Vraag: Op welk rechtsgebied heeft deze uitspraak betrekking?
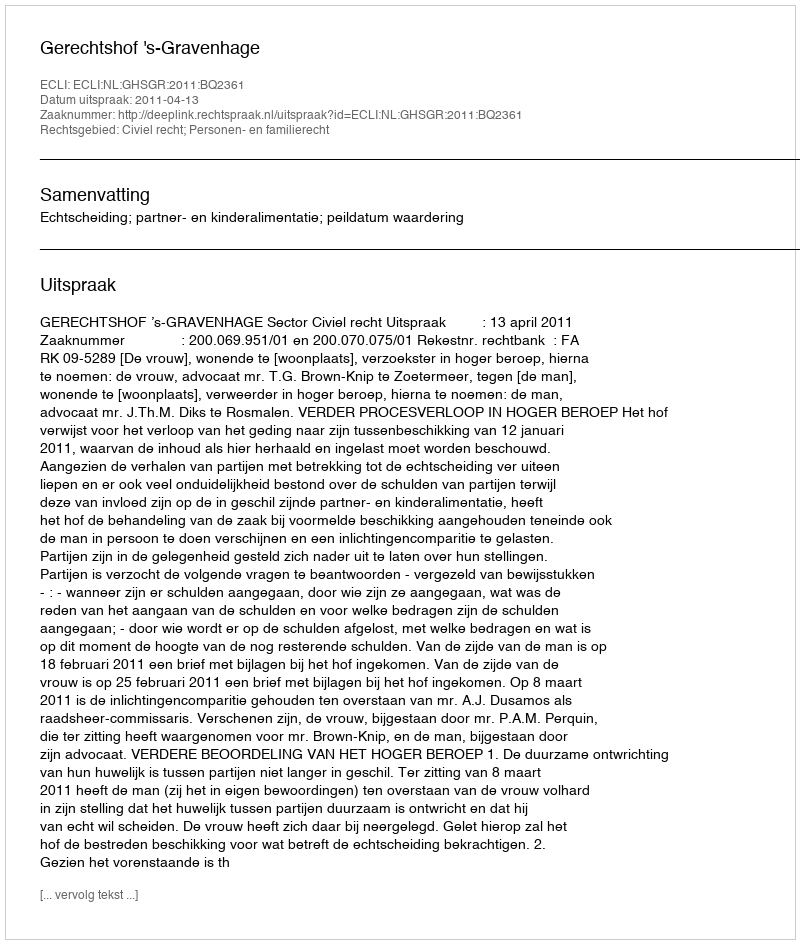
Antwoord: Civiel recht; Personen- en familierecht